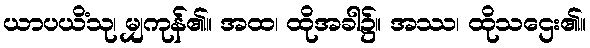
ယာပယိံသု၊ မျှကုန်၏။ အထ၊ ထိုအခါ၌။ အဿ၊ ထိုသဌေး၏။